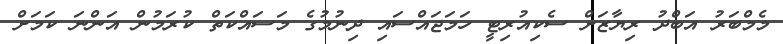
މެމްބަރު އަބްދު ރިޔާޒަށް ސެކިއުރިޓީ ހަމަޖައްސައި ދިނުމުގެ މަސައްކަތް ކުރަމުން އަންނަ ކަމަށް